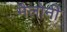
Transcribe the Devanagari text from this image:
मैलोनी